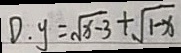
D . y = \sqrt { x - 3 } + \sqrt { 1 - x }